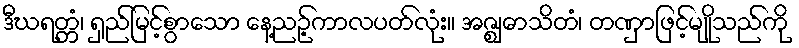
ဒီဃရတ္တံ၊ ရှည်မြင့်စွာသော နေ့ညဉ့်ကာလပတ်လုံး။ အဇ္ဈောသိတံ၊ တဏှာဖြင့်မျိုသည်ကို